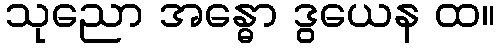
သုညော အန္ဓော ဒွယေန ထ။